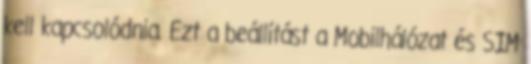
kell kapcsolódnia. Ezt a beállítást a Mobilhálózat és SIM